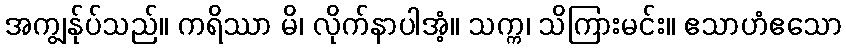
အကျွန်ုပ်သည်။ ကရိဿာ မိ၊ လိုက်နာပါအံ့။ သက္က၊ သိကြားမင်း။ ဧသာဟံဧသော